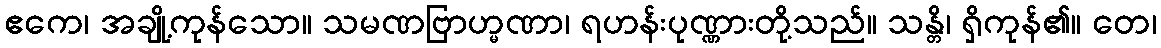
ဧကေ၊ အချို့ကုန်သော။ သမဏဗြာဟ္မဏာ၊ ရဟန်းပုဏ္ဏားတို့သည်။ သန္တိ၊ ရှိကုန်၏။ တေ၊